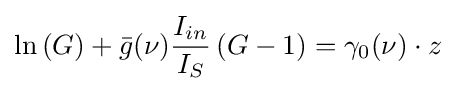
\ln \left(G\right)+{\bar {g}}(\nu ){I_{in} \over I_{S}}\left(G-1\right)=\gamma _{0}(\nu )\cdot z